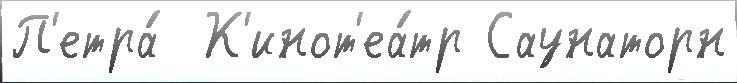
П'етра́  К'инот'еа́тр Саунаторн